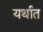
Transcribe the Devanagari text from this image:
यर्थात